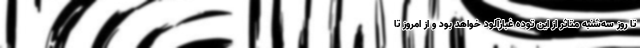
تا روز سه‌شنبه متاثر از این توده غبارآلود خواهد بود و از امروز تا